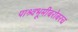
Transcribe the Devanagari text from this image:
पाश्र्वभूमीबरोबरच